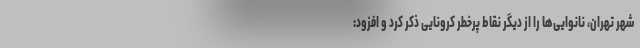
شهر تهران، نانوایی‌ها را از دیگر نقاط پرخطر کرونایی ذکر کرد و افزود: